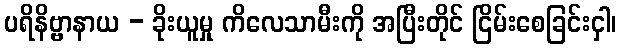
ပရိနိဗ္ဗာနာယ - ခိုးယူမှု ကိလေသာမီးကို အပြီးတိုင် ငြိမ်းစေခြင်းငှါ၊